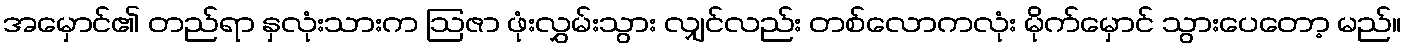
အမှောင်၏ တည်ရာ နှလုံးသားက ဩဇာ ဖုံးလွှမ်းသွား လျှင်လည်း တစ်လောကလုံး မိုက်မှောင် သွားပေတော့ မည်။